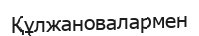
Құлжановалармен